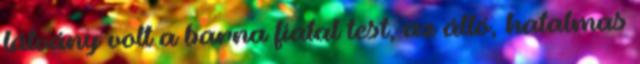
látvány volt a barna fiatal test, az álló, hatalmas